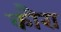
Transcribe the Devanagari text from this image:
कौरा